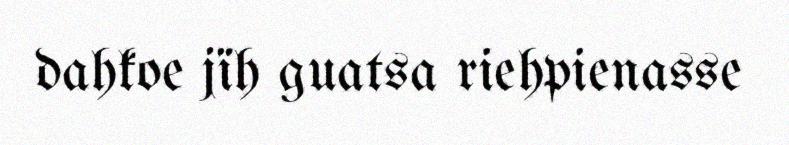
dahkoe jïh guatsa riehpienasse